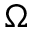
\Omega